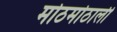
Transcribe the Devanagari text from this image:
मोठमोठाली